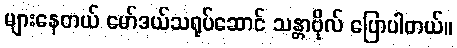
များနေတယ် မော်ဒယ်သရုပ်ဆောင် သန္တာဗိုလ် ပြောပါတယ်။